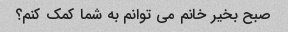
صبح بخیر خانم می توانم به شما کمک کنم؟